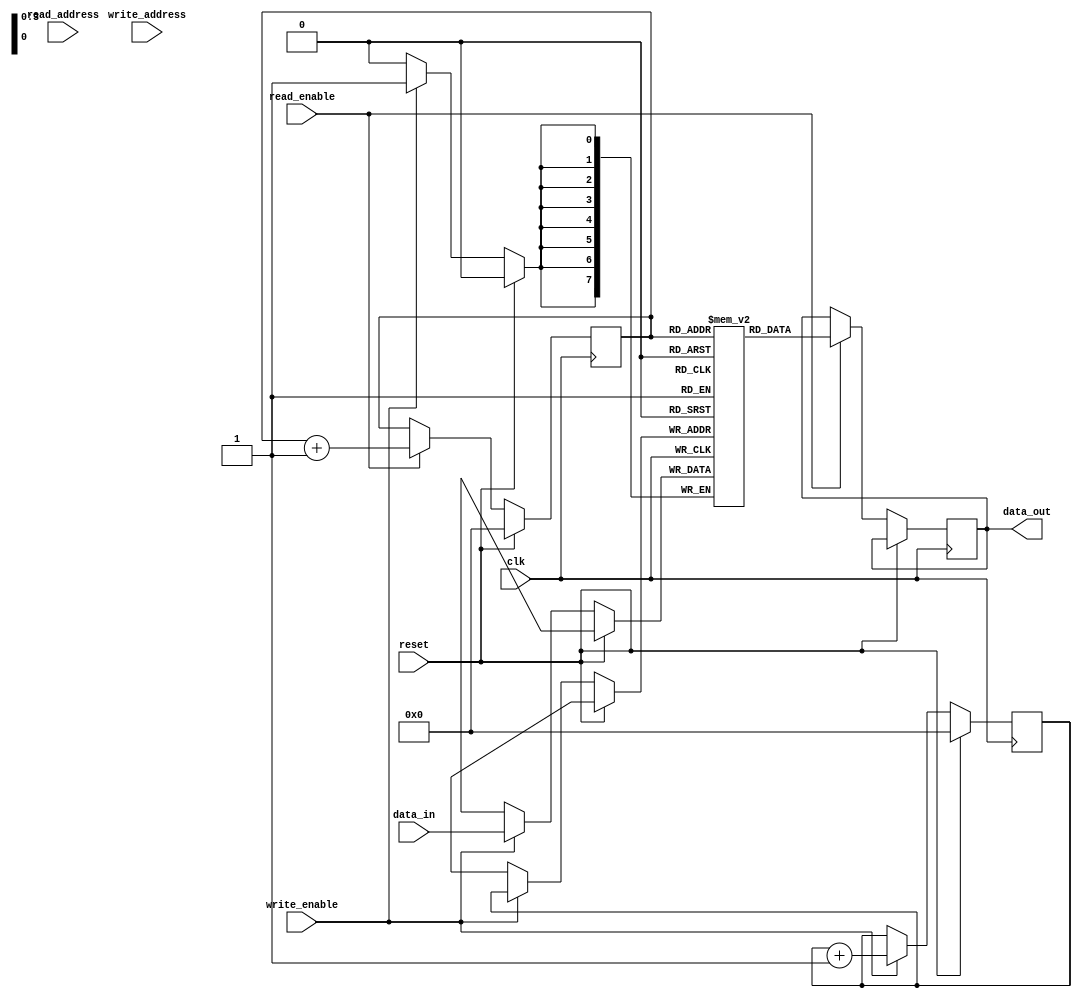
module Circular_Register_File (
    input wire clk,
    input wire reset,
    input wire [7:0] data_in,
    input wire write_enable,
    input wire read_enable,
    input wire [3:0] write_address,
    input wire [3:0] read_address,
    output reg [7:0] data_out
);

reg [7:0] memory_blocks [0:15];
reg [3:0] write_pointer = 0;
reg [3:0] read_pointer = 0;
reg [3:0] next_pointer;

always @(posedge clk) begin
    if (reset) begin
        write_pointer <= 0;
        read_pointer <= 0;
    end else begin
        if (write_enable) begin
            memory_blocks[write_pointer] <= data_in;
            write_pointer <= write_pointer + 1;
        end
        if (read_enable) begin
            data_out <= memory_blocks[read_pointer];
            read_pointer <= read_pointer + 1;
        end
    end
    next_pointer <= write_pointer + 1;
    if (next_pointer > 15) begin
        next_pointer <= 0;
    end
end

endmodule